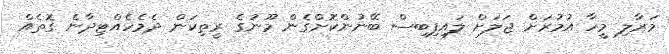
މަރާލި މީހާ އުމުރަށް ޖަލަށް ލައިފިބިސް ބޭނުންކޮށްގެން މޫނުގެ ރީތިކަން ދެމެހެއްޓިދާނެ ގޮތެއް